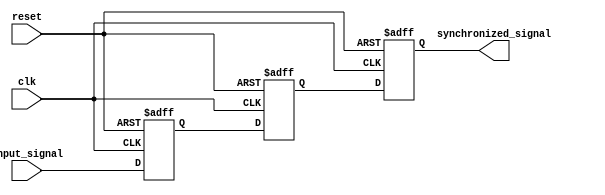
module three_flop_synchronizer (
    input wire clk,
    input wire reset,
    input wire input_signal,
    output reg synchronized_signal
);

reg flop1, flop2, flop3;

always @(posedge clk or posedge reset) begin
    if (reset) begin
        flop1 <= 1'b0;
        flop2 <= 1'b0;
        flop3 <= 1'b0;
    end else begin
        flop1 <= input_signal;
        flop2 <= flop1;
        flop3 <= flop2;
    end
end

assign synchronized_signal = flop3;

endmodule